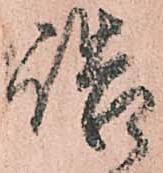
詰